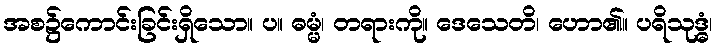
အစ၌ကောင်းခြင်းရှိသော။ ပ။ ဓမ္မံ၊ တရားကို။ ဒေသေတိ၊ ဟော၏။ ပရိသုဒ္ဓံ၊